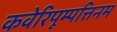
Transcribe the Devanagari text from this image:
कवेरिपूम्पत्तिनम